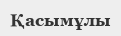
Қасымұлы